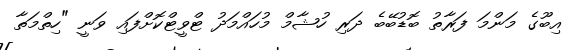
އިބޫގެ މަންމަ ފަރާތު ބޮޑުބޭބެ ދަރި ހުޝާމް މުހައްމަދު ޓްވީޓްކޮށްފައި ވަނީ "ހިތްމަތާ